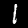
Label: 1